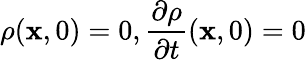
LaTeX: \displaystyle\rho(\mathbf{x},0)=0,\frac{\partial\rho}{\partial t}(\mathbf{x},0)=0